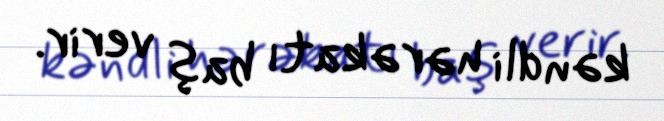
kəndli hərəkatı baş verir.